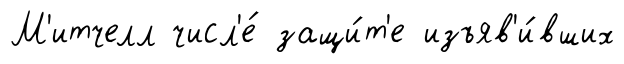
М'итчелл числ'е́ защи́т'е изъяв'и́вших